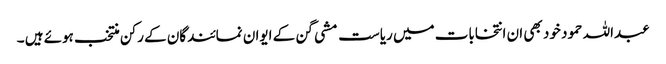
عبداللہ حمود خود بھی ان انتخابات میں ریاست مشی گن کے ایوان نمائندگان کے رکن منتخب ہوئے ہیں ۔